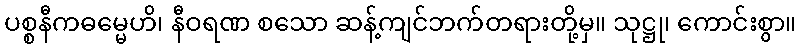
ပစ္စနီကဓမ္မေဟိ၊ နီဝရဏ စသော ဆန့်ကျင်ဘက်တရားတို့မှ။ သုဋ္ဌု၊ ကောင်းစွာ။